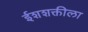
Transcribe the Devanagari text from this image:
ईशशक्तीला